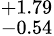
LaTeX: ^{+1.79}_{-0.54}